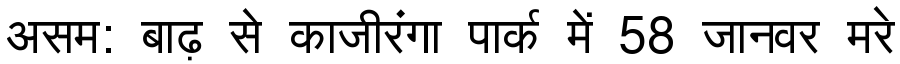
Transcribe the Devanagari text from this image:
असम: बाढ़ से काजीरंगा पार्क में 58 जानवर मरे